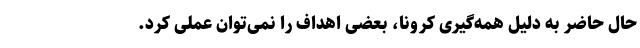
حال حاضر به دلیل همه‌گیری کرونا، بعضی اهداف را نمی‌توان عملی کرد.